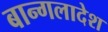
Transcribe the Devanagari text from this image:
बान्गलादेश